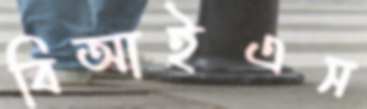
বিআইএস